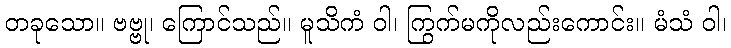
တခုသော။ ဗဗ္ဗု၊ ကြောင်သည်။ မူသိကံ ဝါ၊ ကြွက်မကိုလည်းကောင်း။ မံသံ ဝါ၊